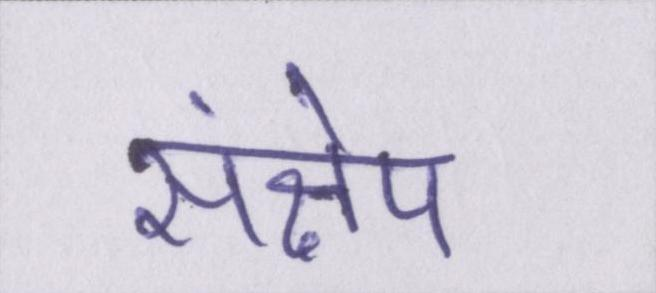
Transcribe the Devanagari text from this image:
संक्षेप